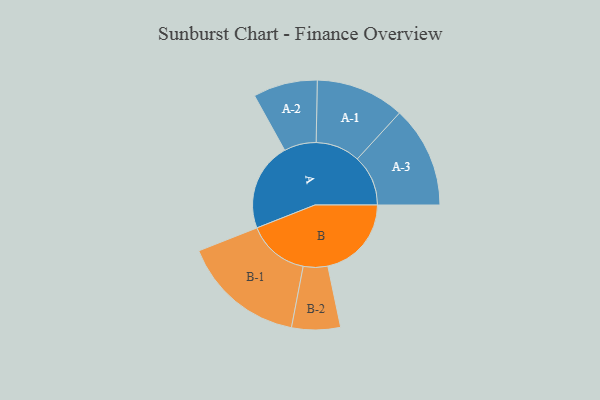
{"axis": {"x": "Segment", "y": "Value"}, "legend": ["", "A", "B"], "data": [{"x": "A", "y": 374, "type": ""}, {"x": "B", "y": 354, "type": ""}, {"x": "A-1", "y": 188, "type": "A"}, {"x": "A-2", "y": 136, "type": "A"}, {"x": "A-3", "y": 215, "type": "A"}, {"x": "B-1", "y": 261, "type": "B"}, {"x": "B-2", "y": 103, "type": "B"}]}